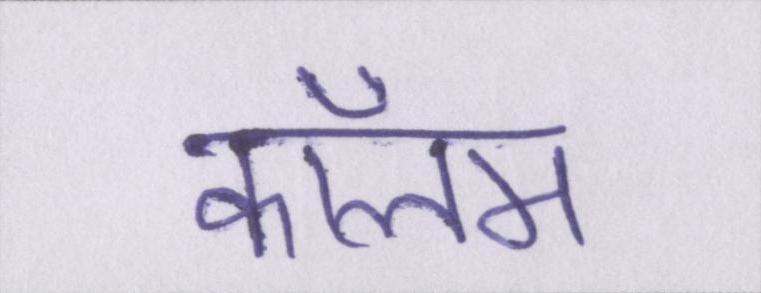
कॉलम